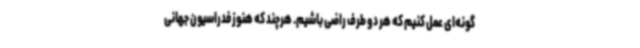
گونه‌ای عمل کنیم که هر دو طرف راضی باشیم. هرچند که هنوز فدراسیون جهانی